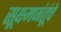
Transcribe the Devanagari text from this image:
सूक्ष्मजंतूंचे